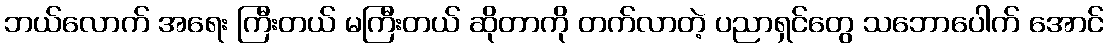
ဘယ်လောက် အရေး ကြီးတယ် မကြီးတယ် ဆိုတာကို တက်လာတဲ့ ပညာရှင်တွေ သဘောပေါက် အောင်